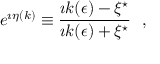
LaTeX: e ^ { \imath \eta ( k ) } \equiv { \frac { \imath k ( \epsilon ) - \xi ^ { \star } } { \imath k ( \epsilon ) + \xi ^ { \star } } } ~ ~ ,